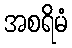
အစရိမံ